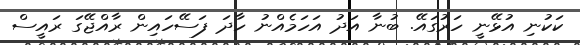
ކަކުނި އުޅޭނީ ހަރުގައޭ. ބުނާ އަދު އަހަމެއްނު ހާދަ ފަސޭހައިން ރާއްޖޭގަ ރައީސް